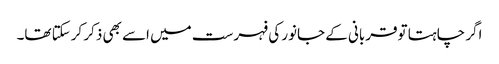
اگر چاہتا توقربانی کے جانور کی فہرست میں اسے بھی ذکر کرسکتا تھا۔